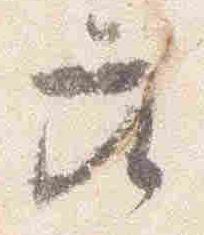
座